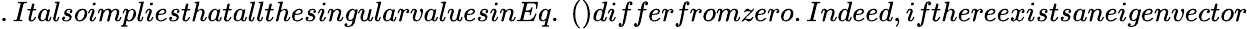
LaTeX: .ItalsoimpliesthatallthesingularvaluesinEq.~()differfromzero.Indeed,ifthereexistsaneigenvector